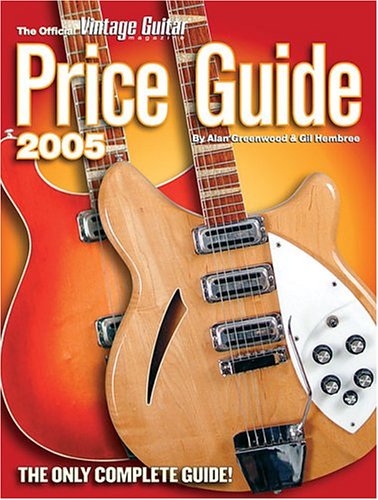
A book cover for The Official Vintage Guitar Price Guide 2005; Alan Greenwood; Crafts, Hobbies & Home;